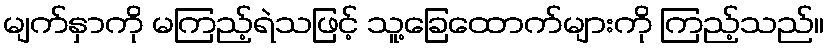
မျက်နှာကို မကြည့်ရဲသဖြင့် သူ့ခြေထောက်များကို ကြည့်သည်။